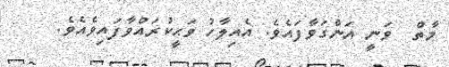
މާތް  ވަނީ އަންގަވާފައެވެ. އެއިލާހު ވަޙީކުރައްވާފައިވެއެވެ.